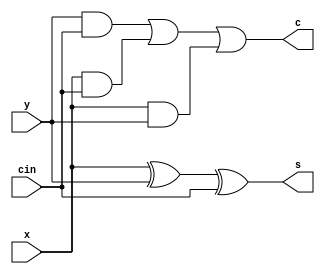
//fulladder 
module fulladder(x,y,cin,c,s);
input x,y,cin;
output c,s;
wire w1,w2,w3;
xor (s,x,y,cin);
and (w1,y,cin);
and (w2,x,cin);
and (w3,x,y);
or(c,w1,w2,w3);
endmodule

module fulladder_test;
reg a,b,cin1;
wire c1,s1;
fulladder test(.x(a), .y(b), .cin(cin1), .c(c1), .s(s1));
initial begin 
$monitor("x=%b , y=%b , cin=%b : c=%b , s=%b",a,b,cin1,c1,s1);
a=1'b0;b=1'b0;cin1=1'b0;
#15
a=1'b0;b=1'b0;cin1=1'b1;
#15
a=1'b0;b=1'b1;cin1=1'b0;
#15
a=1'b0;b=1'b1;cin1=1'b1;
#15
a=1'b1;b=1'b0;cin1=1'b0;
#15
a=1'b1;b=1'b0;cin1=1'b1;
#15
a=1'b1;b=1'b1;cin1=1'b0;
#15
a=1'b1;b=1'b1;cin1=1'b1;
end 
endmodule